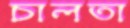
চালতা